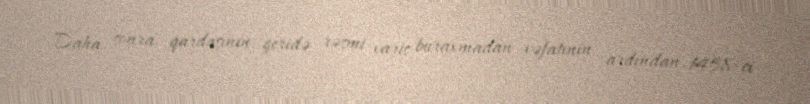
Daha sonra qardaşının geridə rəsmi varis buraxmadan vəfatının ardından, 1458-ci